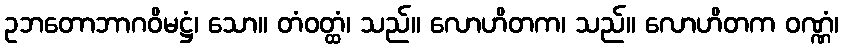
ဥဘတောဘာဂဝိမဋ္ဌံ၊ သော။ တံဝတ္ထံ၊ သည်။ လောဟိတက၊ သည်။ လောဟိတက ဝဏ္ဏံ၊